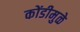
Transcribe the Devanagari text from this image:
कोंडीमुळे